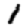
Digit: 1